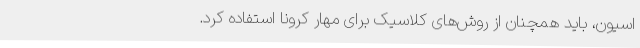
اسیون، باید همچنان از روش‌های کلاسیک برای مهار کرونا استفاده کرد.